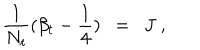
{ \frac { 1 } { N _ { t } } } ( \beta _ { t } - { \frac { 1 } { 4 } } ) ~ ~ = ~ ~ J ~ ,